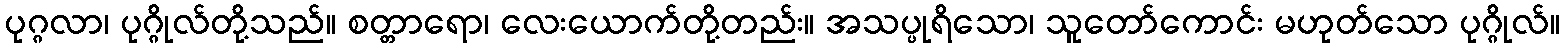
ပုဂ္ဂလာ၊ ပုဂ္ဂိုလ်တို့သည်။ စတ္တာရော၊ လေးယောက်တို့တည်း။ အသပ္ပုရိသော၊ သူတော်ကောင်း မဟုတ်သော ပုဂ္ဂိုလ်။